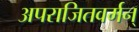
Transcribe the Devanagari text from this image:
अपराजितवर्मन्